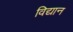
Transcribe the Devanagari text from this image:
विद्यान